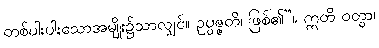
တစ်ပါးပါးသောအမျိုး၌သာလျှင်။ ဥပ္ပဇ္ဇတိ၊ ဖြစ်၏”။ ဣတိ ဝတွာ၊